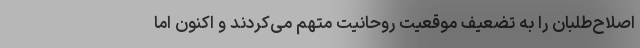
اصلاح‌طلبان را به تضعیف موقعیت روحانیت متهم می‌کردند و اکنون اما